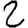
Digit: 2